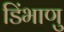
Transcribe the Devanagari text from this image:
डिंभाणु